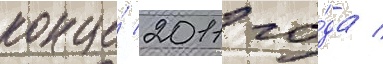
конце́ 2011 го́да /